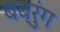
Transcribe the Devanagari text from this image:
बब्रुंग